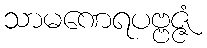
သာမဏေရပဗ္ဗဇ္ဇံ